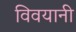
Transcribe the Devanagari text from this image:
विवयानी